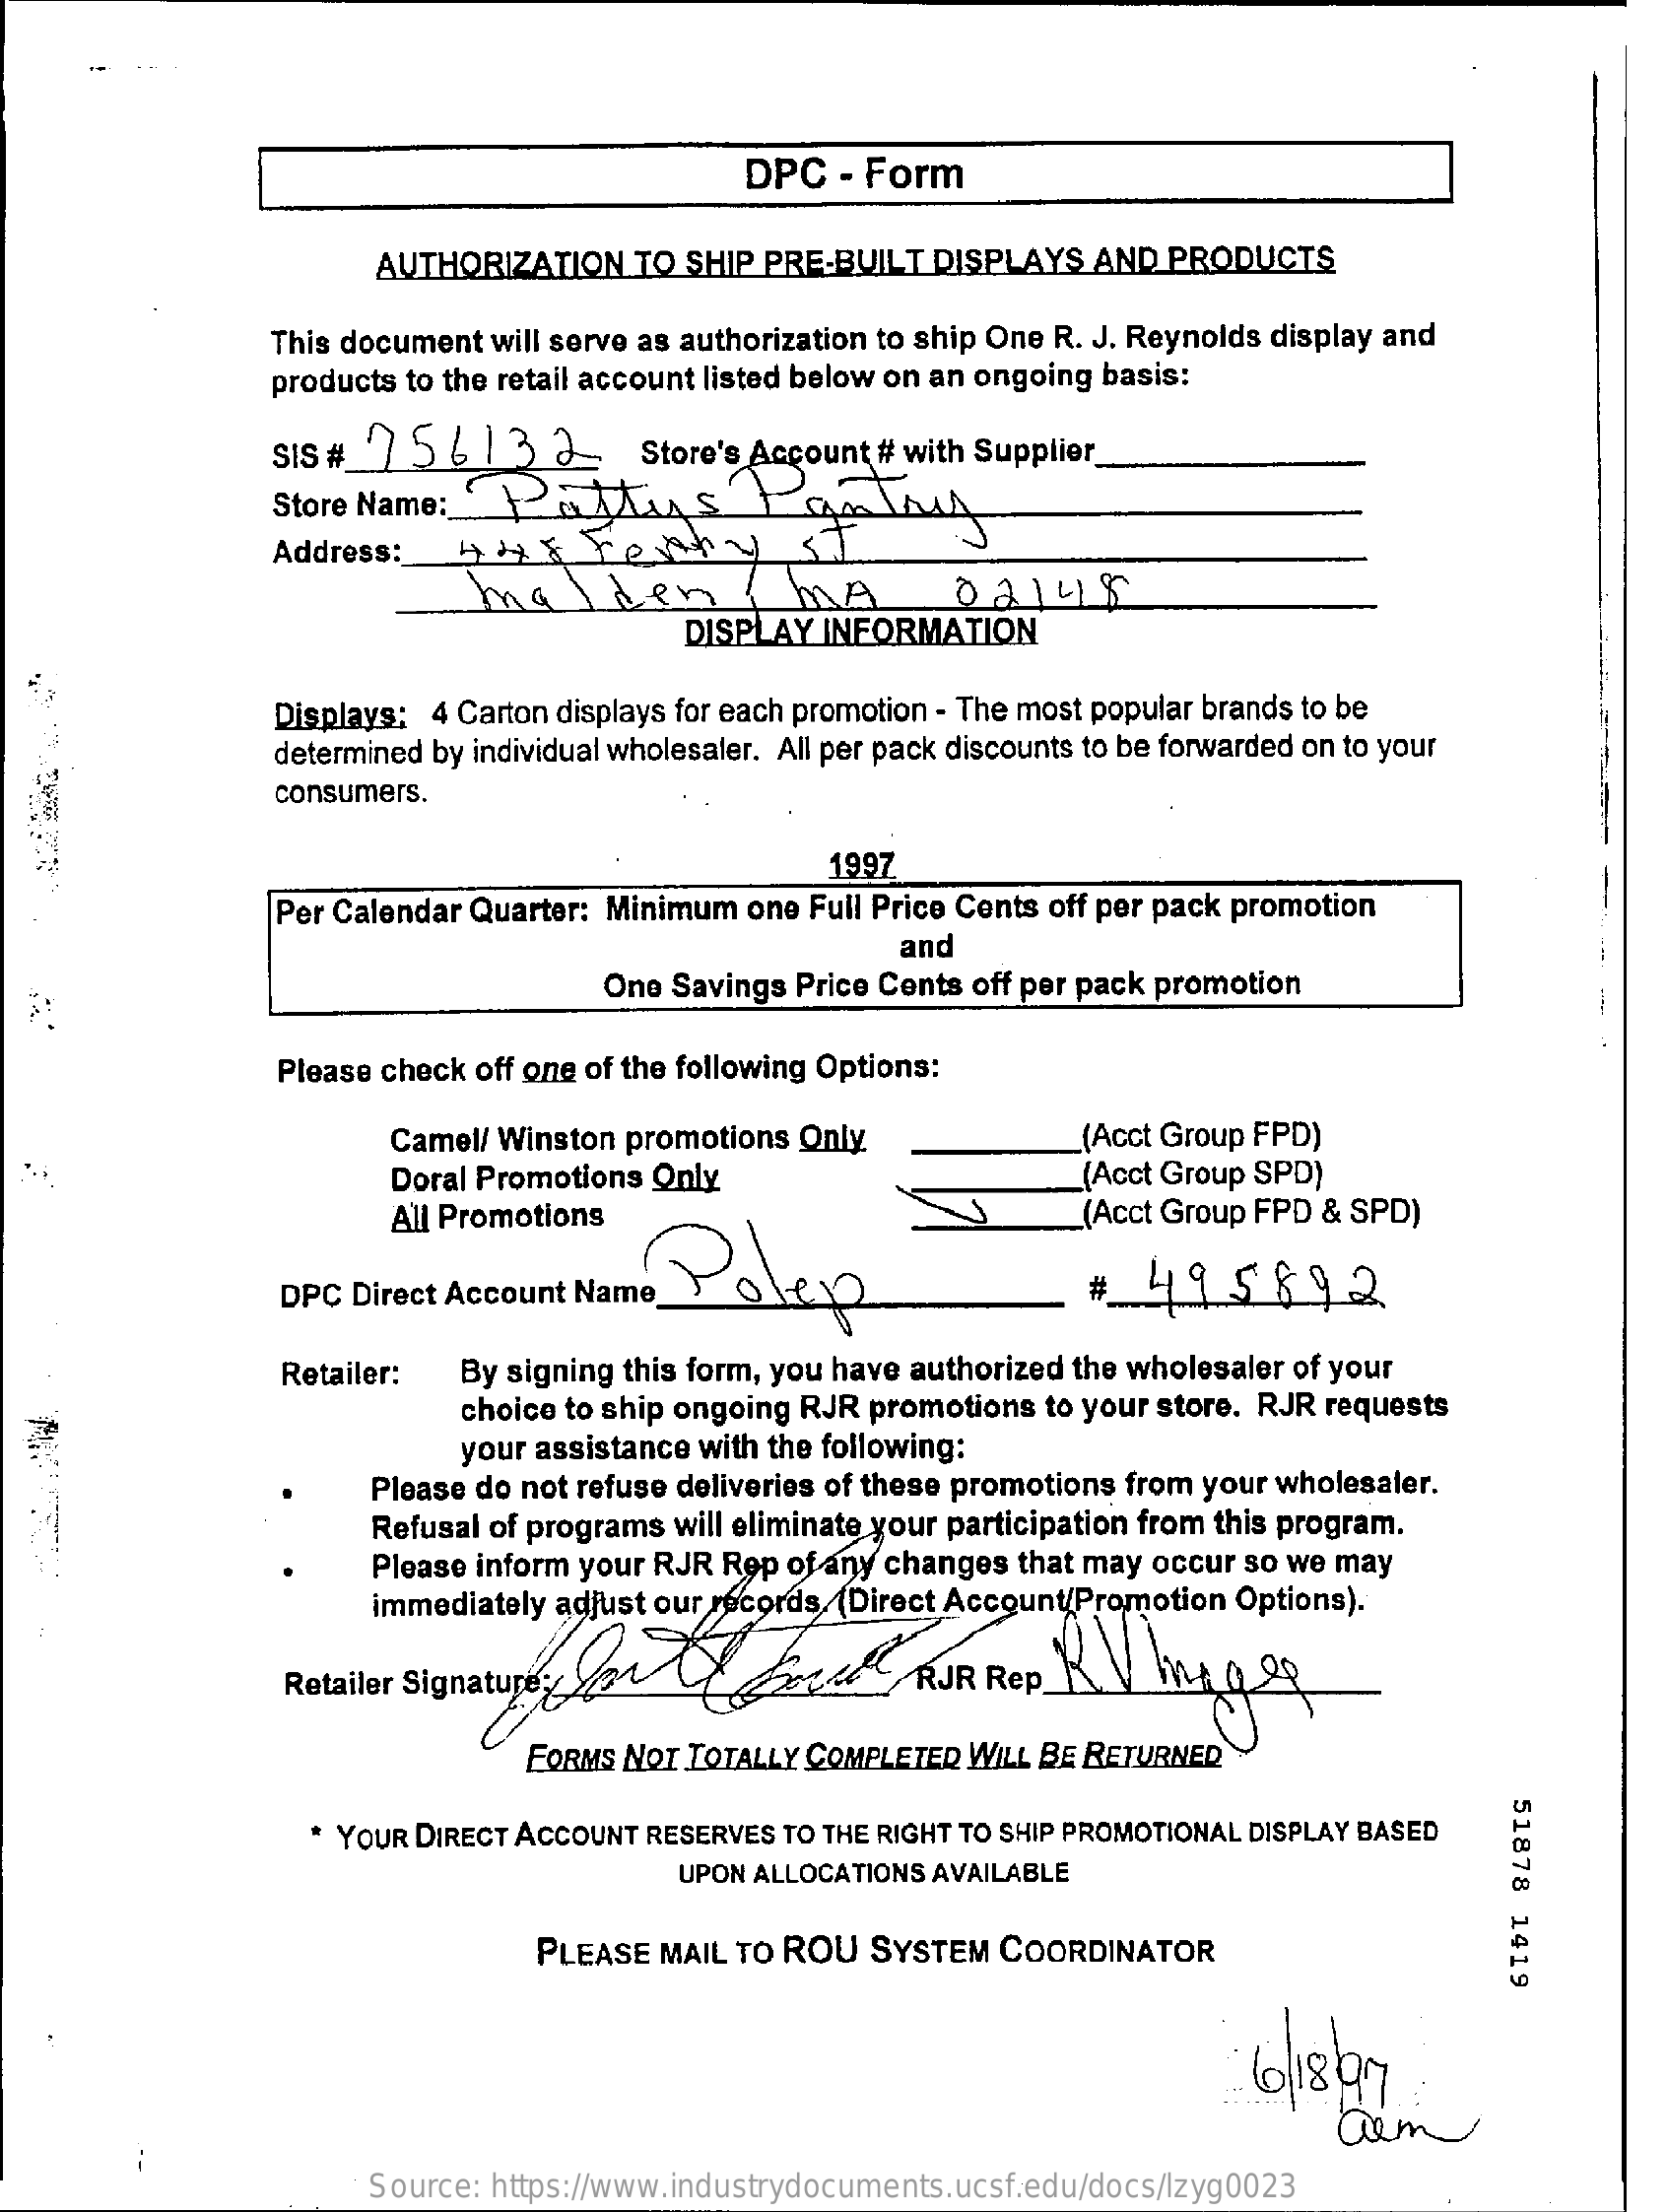
DPC  - Form
     AUTHORIZATION   TO SHIP PRE-BUILT DISPLAYS  AND  PRODUCTS
     This document will serve as authorization to ship One R. J. Reynolds display and
     products to the retail account listed below on an ongoing basis:
     sis#   75613    2    Store's Account # with Supplier
     Store Name: '  PENSOALLA
     Address:    HH   X Fenty    SI
     malden    MA
     DISPLAY INFORMATION
     Displays: 4 Carton displays for each promotion - The most popular brands to be
     determined by individual wholesaler. All per pack discounts to be forwarded on to your
     consumers.
     1997
     Per Calendar Quarter: Minimum one Full Price Cents off per pack promotion
     and
     One Savings Price Cents off per pack promotion
     Please check off one of the following Options:
     Camel/ Winston promotions Only    (Acct Group FPD)
     Doral Promotions Only    (Acct Group SPD)
     All Promotions
     Polep
     (Acct Group FPD & SPD)
     DPC Direct Account Name_    495892
     Retailer:  By signing this form, you have authorized the wholesaler of your
     choice to ship ongoing RJR promotions to your store. RJR requests
     your assistance with the following:
     Please do not refuse deliveries of these promotions from your wholesaler.
     Refusal of programs will eliminate your participation from this program.
     Please inform your RJR Rep of any changes that may occur so we may
     immediately adjust our records. (Direct Account/Promotion Options).
     Retailer SignatureRJR    Rep
     FORMS NOT TOTALLY COMPLETED WILL BE RETURNED
     51878
     1419
     * YOUR DIRECT ACCOUNT RESERVES TO THE RIGHT TO SHIP PROMOTIONAL DISPLAY BASED
     UPON ALLOCATIONS AVAILABLE
     PLEASE MAIL TO ROU  SYSTEM  COORDINATOR
     6/18 97
     aim
     Source: https://www.industrydocuments.ucsf.edu/docs/lzyg0023